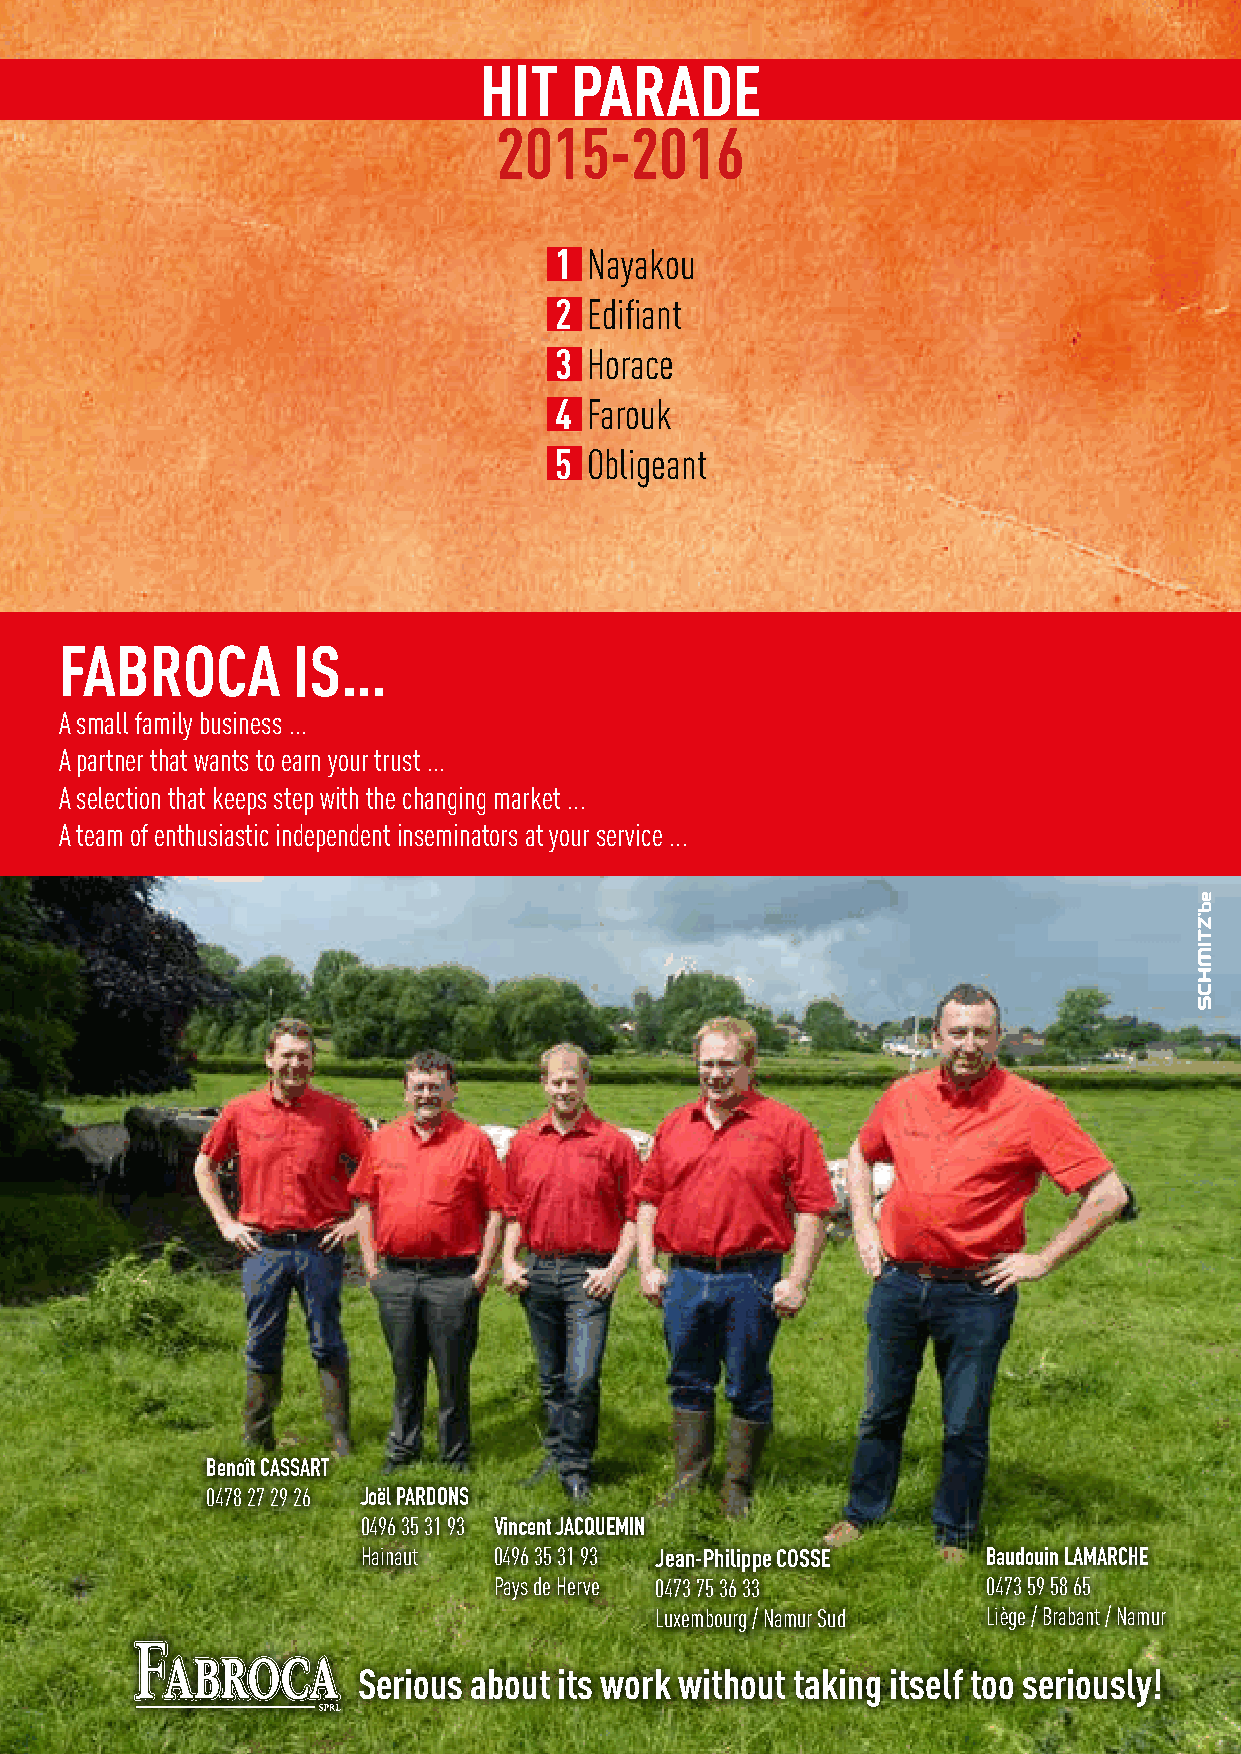
HIT   PARADE
 2015-2016
 1 Nayakou
 2 Edifiant
 3 Horace
 4 Farouk
 5 Obligeant
 FABROCA        IS…
 A small family business ...
 A partner that wants to earn your trust ...
 A selection that keeps step with the changing market ...
 A team of enthusiastic independent inseminators at your service ...
 Benoît CASSART
 0478 27 29 26 Joël PARDONS
 0496 35 31 93 Vincent JACQUEMIN
 Hainaut  0496 35 31 93 Jean-Philippe COSSE Baudouin LAMARCHE
 Pays de Herve 0473 75 36 33     0473 59 58 65
 Luxembourg / Namur Sud Liège / Brabant / Namur
 Serious about its work without taking itself too seriously!